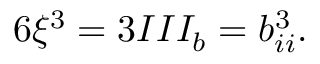
6 \xi ^ { 3 } = 3 I I I _ { b } = b _ { i i } ^ { 3 } .